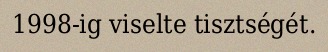
1998-ig viselte tisztségét.